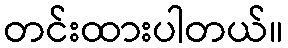
တင်းထားပါတယ်။